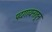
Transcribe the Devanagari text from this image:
पदगायनातून